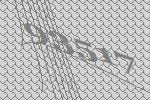
93517